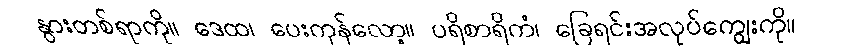
နွားတစ်ရာကို။ ဒေထ၊ ပေးကုန်လော့။ ပရိစာရိကံ၊ ခြေရင်းအလုပ်ကျွေးကို။